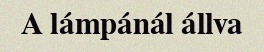
A lámpánál állva